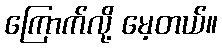
ကြောက်လို့ မေ့တယ်။